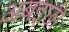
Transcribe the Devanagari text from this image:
अबइछी